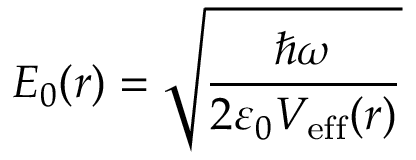
E _ { 0 } ( \boldsymbol { r } ) = \sqrt { \frac { \hbar \omega } { 2 \varepsilon _ { 0 } V _ { \mathrm { e f f } } ( \boldsymbol { r } ) } }